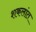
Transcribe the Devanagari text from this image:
शकलांत